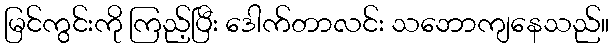
မြင်ကွင်းကို ကြည့်ပြီး ဒေါက်တာလင်း သဘောကျနေသည်။